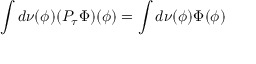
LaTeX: \int d \nu ( \phi ) ( P _ { \tau } \Phi ) ( \phi ) = \int d \nu ( \phi ) \Phi ( \phi )